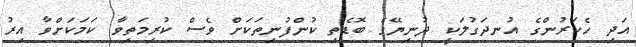
އަދި ހެކަރުންގެ އުނދަގުލަކީ ދުނިޔޭގެ ބޮޑެތި ކުންފުނިތަކަށް ވެސް ކުރިމަތިވާ ކަމަކަށްވާ އިރު